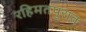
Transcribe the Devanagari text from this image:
रहिमतपुरात